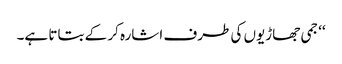
‘‘ جمی جھاڑیوں کی طرف اشارہ کر کے بتاتا ہے۔